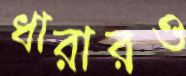
ধারারও